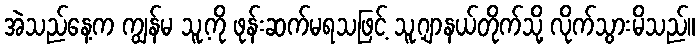
အဲသည်နေ့က ကျွန်မ သူ့ကို ဖုန်းဆက်မရသဖြင့် သူ့ဂျာနယ်တိုက်သို့ လိုက်သွားမိသည်။